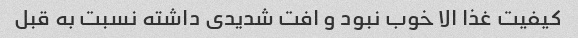
کیفیت غذا الا خوب نبود و افت‌ شدیدی داشته نسبت به قبل